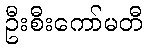
ဦးစီးကော်မတီ